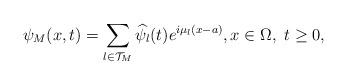
LaTeX: \begin{align*} \psi_M(x,t) = \sum_{l \in \mathcal{T}_M} \widehat{\psi}_l(t) e^{i\mu_l (x-a)}, x\in \Omega, \ t \ge 0,\end{align*}